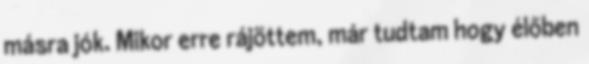
másra jók. Mikor erre rájöttem, már tudtam hogy élőben